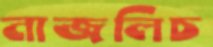
নাজলিচ